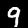
Label: 9